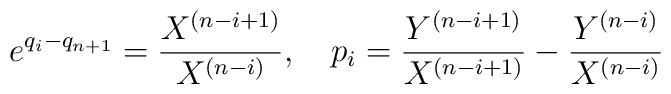
e^{q_i-q_{n+1}} ={X^{(n-i+1)}\over X^{(n-i)}},\quad p_i = {Y^{(n-i+1)}\over X^{(n-i+1)}}-{Y^{(n-i)}\over X^{(n-i)}}